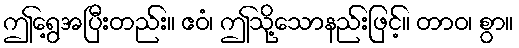
ဤရွေ့အပြီးတည်း။ ဧဝံ၊ ဤသို့သောနည်းဖြင့်။ တာဝ၊ စွာ။